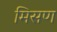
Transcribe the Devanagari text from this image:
मिसण